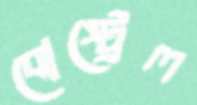
বোস্ট্রেল